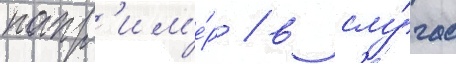
напр'им'е́р / в слу́чае